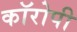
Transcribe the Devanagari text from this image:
कॉरोपी